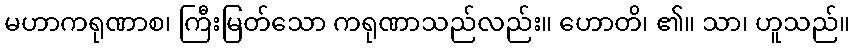
မဟာကရုဏာစ၊ ကြီးမြတ်သော ကရုဏာသည်လည်း။ ဟောတိ၊ ၏။ သာ၊ ဟူသည်။